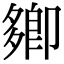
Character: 𭅽